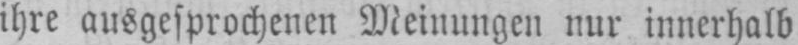
ihre ausgesprochenen Meinungen nur innerhalb